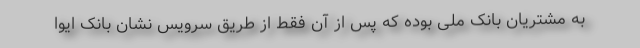
به مشتریان بانک ملی بوده که پس از آن فقط از طریق سرویس نشان بانک ایوا